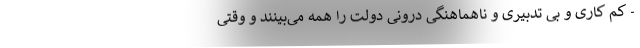
- کم کاری و بی تدبیری و ناهماهنگی درونی دولت را همه می‌بینند و وقتی